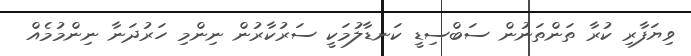
ވިޔަފާރި ކުރާ ތަންތަނުން ސަބްސިޑީ ކަނޑާލުމަކީ ސަރުކާރުން ނިންމި ހަރުދަނާ ނިންމުމެއް